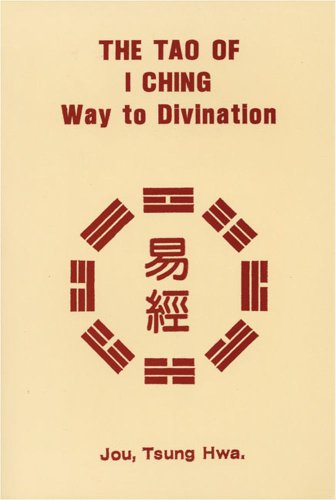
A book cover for The Tao of I Ching: Way to Divination; Tsung Hwa Jou; Religion & Spirituality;